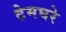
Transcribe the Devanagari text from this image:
टेमघरे